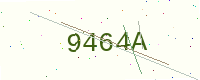
Text: 9464A